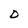
Character: D